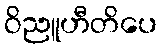
ဝိညူဟီတိပေ